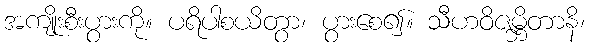
အကျိုးစီးပွားကို။ ပရိပါစယိတွာ၊ ပွားစေ၍။ သီဟဝိဇမ္ဘိတာနိ၊